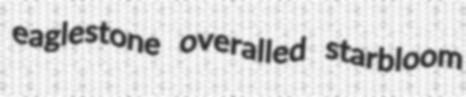
eaglestone overalled starbloom